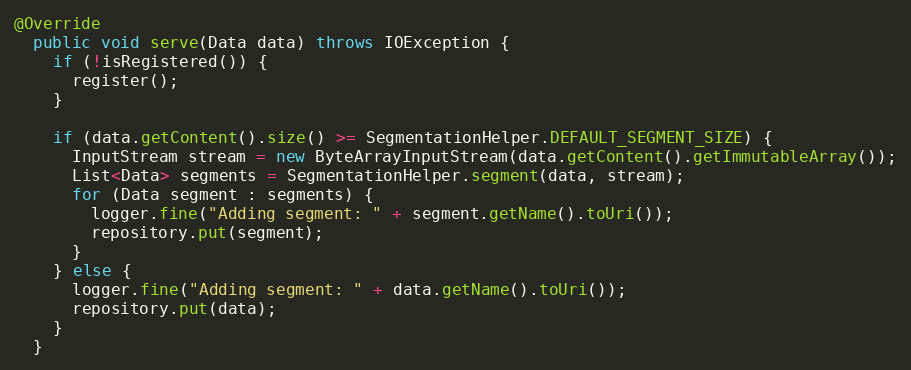
Language: Java
@Override
  public void serve(Data data) throws IOException {
    if (!isRegistered()) {
      register();
    }

    if (data.getContent().size() >= SegmentationHelper.DEFAULT_SEGMENT_SIZE) {
      InputStream stream = new ByteArrayInputStream(data.getContent().getImmutableArray());
      List<Data> segments = SegmentationHelper.segment(data, stream);
      for (Data segment : segments) {
        logger.fine("Adding segment: " + segment.getName().toUri());
        repository.put(segment);
      }
    } else {
      logger.fine("Adding segment: " + data.getName().toUri());
      repository.put(data);
    }
  }